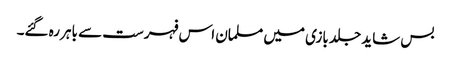
بس شاید جلد بازی میں مسلمان اس فہرست سے باہر رہ گئے۔